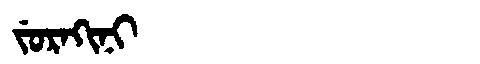
Manchu: ᠵᡠᡵᠠᡴᡳᠨᡳ
Romanization: JURAKINI